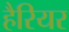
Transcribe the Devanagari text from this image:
हैरियर